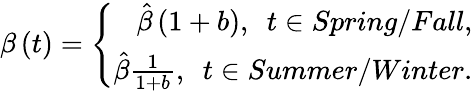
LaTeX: \beta\left(t\right)=\left\{ \begin{array}{r}{\hat{\beta}\left(1+b\right),\ \ t\in Spring/Fall,}\\ {\hat{\beta}\frac{1}{1+b},\ \ t\in Summer/Winter.}\end{array}\right.